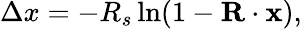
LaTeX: \Delta x=-R_{s}\ln(1-\mathbf{R}\cdot\mathbf{x}),